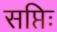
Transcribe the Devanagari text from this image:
सप्तिः